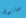
صابون